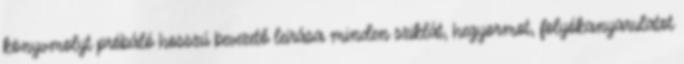
könyvmolyt próbáló hosszú bevezető leírása minden sziklát, hegyormot, folyókanyarulatot